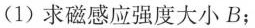
(1)求磁感应强度大小B；